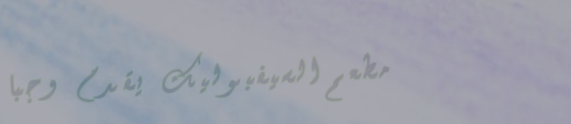
مطعم السيفبوليك يقدم وجبا